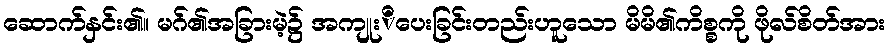
ဆောက်နှင်း၏။ မဂ်၏အခြားမဲ့၌ အကျုးိပေးခြင်းတည်းဟူသော မိမိ၏ကိစ္စကို ဖိုလ်စိတ်အား